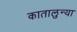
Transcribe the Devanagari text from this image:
कातालुन्या